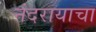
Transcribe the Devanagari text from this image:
नंदरायाचा